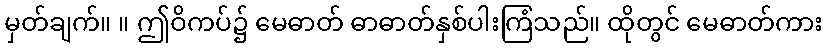
မှတ်ချက်။ ။ ဤဝိကပ်၌ မေဓာတ် ဓာဓာတ်နှစ်ပါးကြံသည်။ ထိုတွင် မေဓာတ်ကား